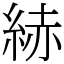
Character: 𦀗